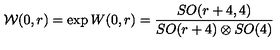
{ \cal W } ( 0 , r ) = \exp { W ( 0 , r ) } = \frac { S O ( r + 4 , 4 ) } { S O ( r + 4 ) \otimes S O ( 4 ) }